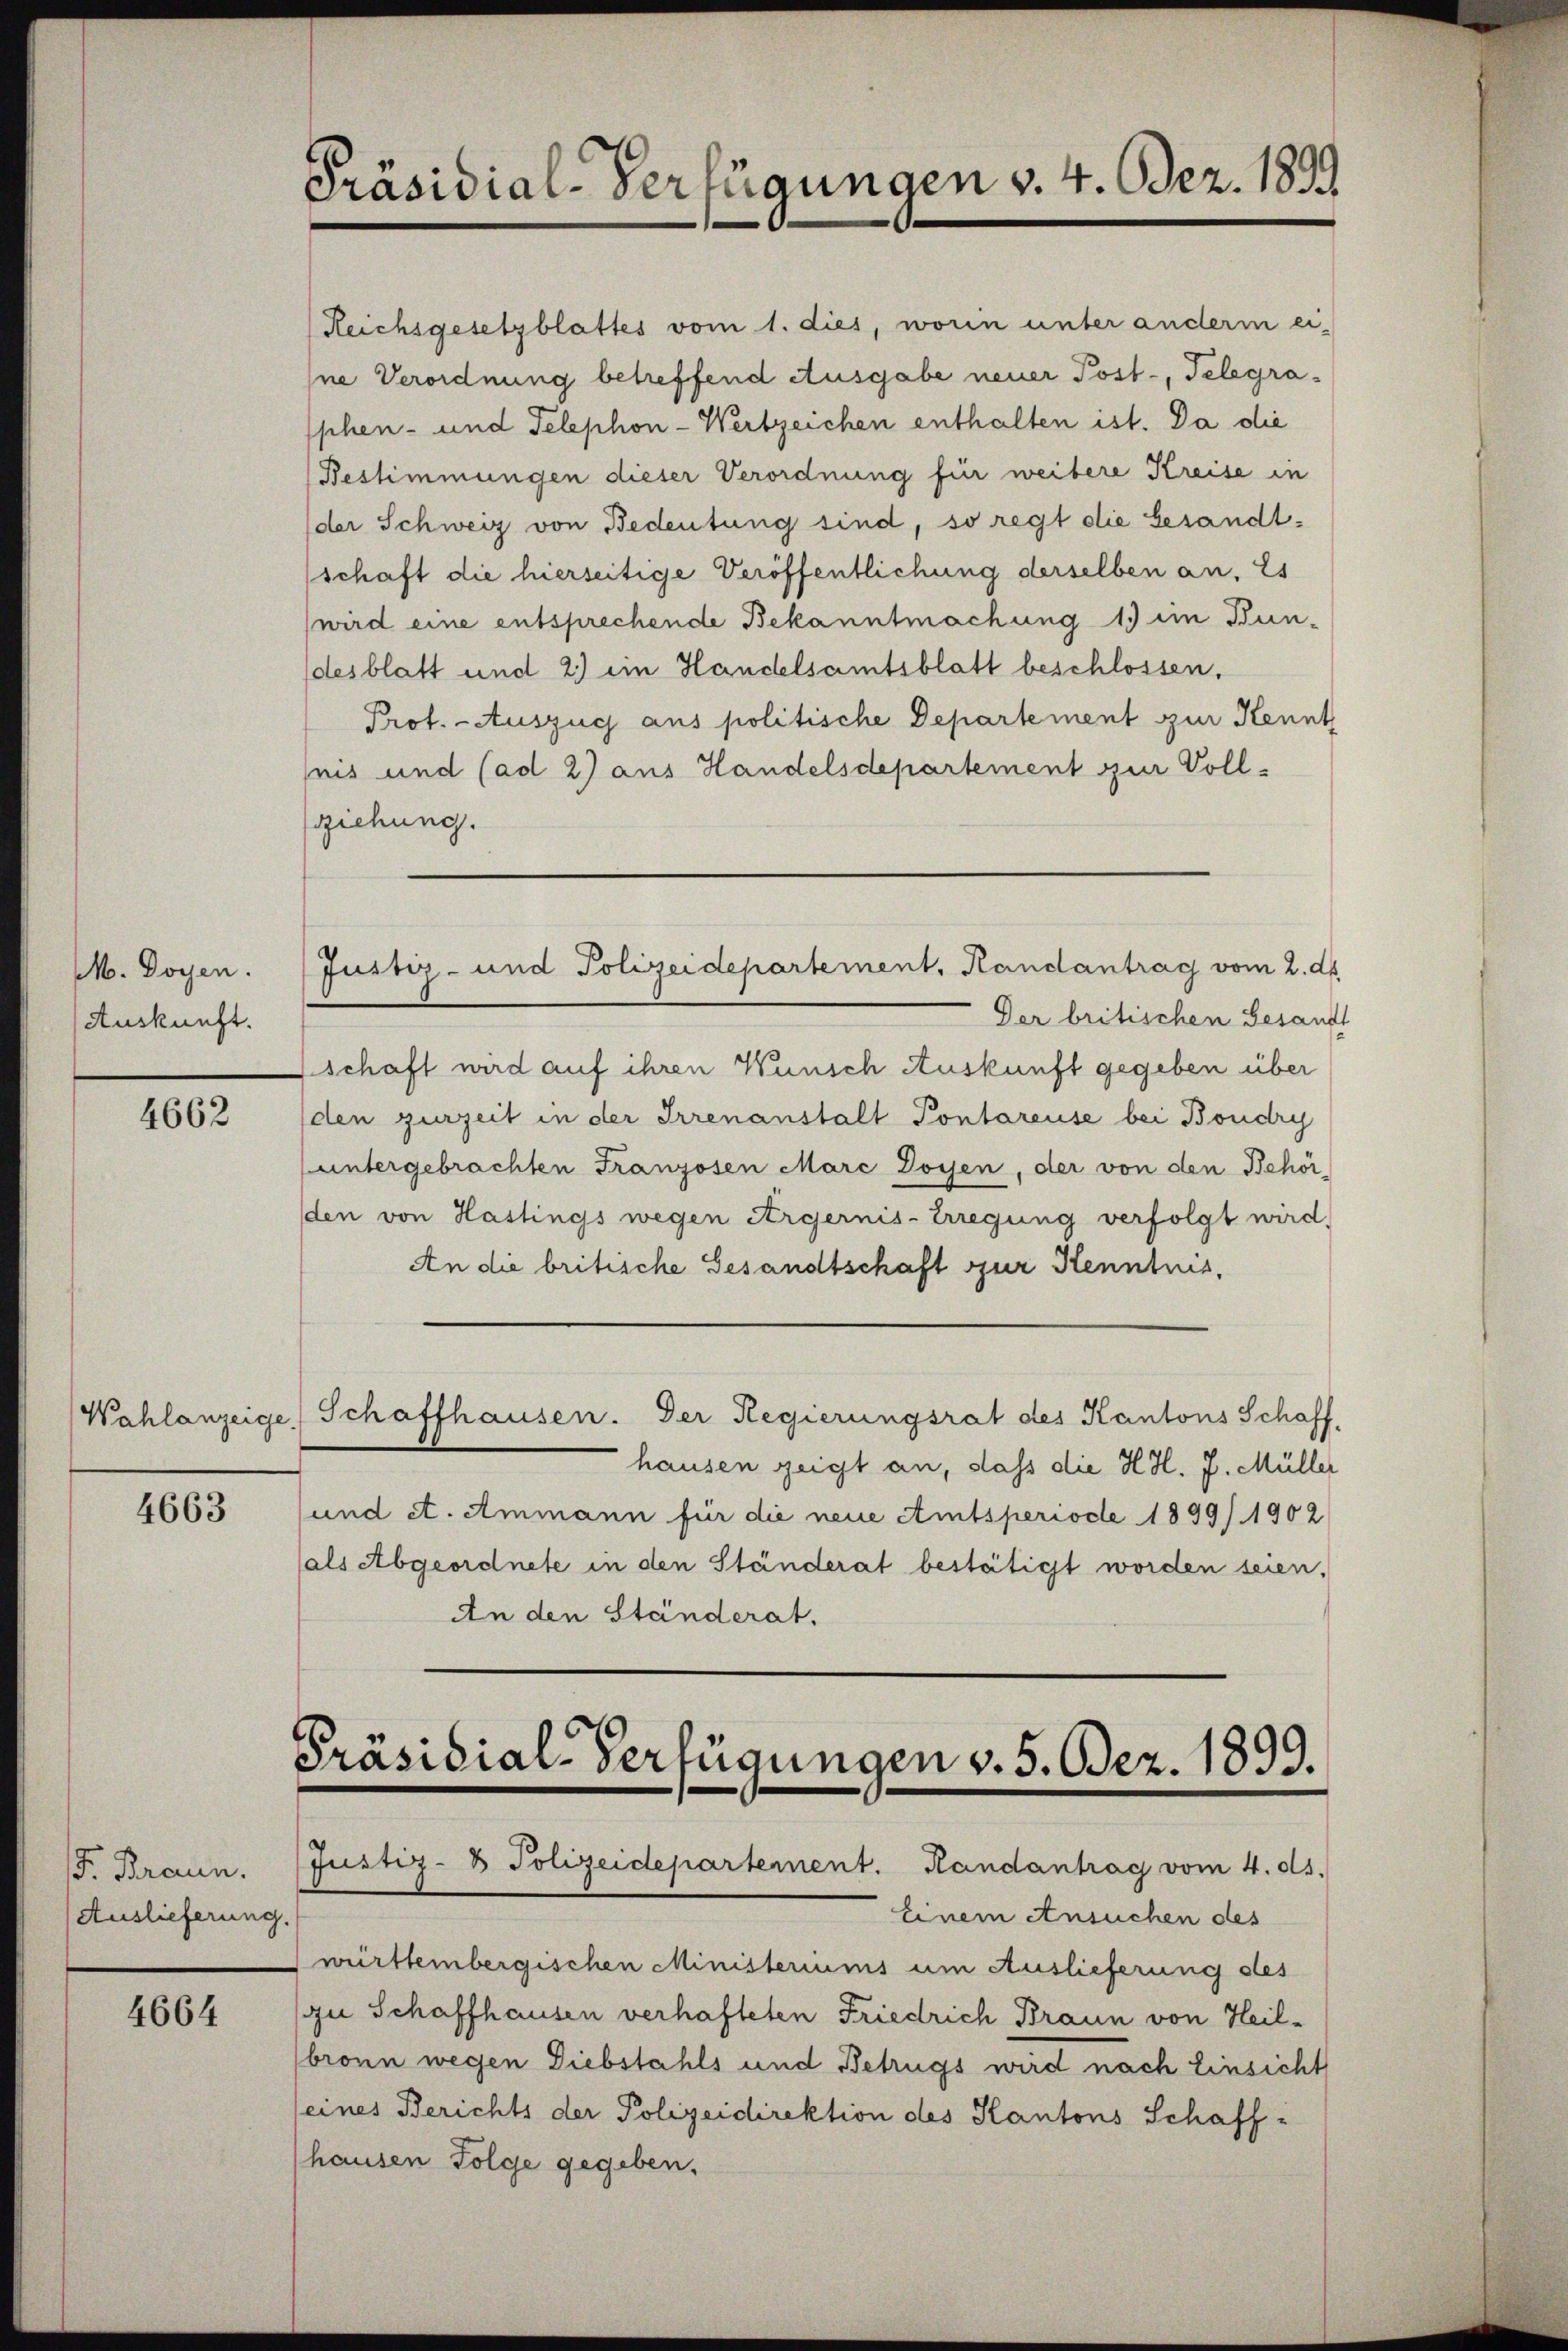
M. Doyen.
Auskunft.

4662

4663

. Braun.
Auslieferung.

4664

Präsidial-Verfügungen v. 4. Dez. 1899

Justiz- und Polizeidepartement, Handantrag vom 2. ds.

Reichsgesetzblattes vom 1. dies, worin unter anderm ei-
Ine Verordnung betreffend Ausgabe neuer Post-, Telegraphen- und Telephon-Wertzeichen enthalten ist. Da die
Bestimmungen dieser Verordnung für weitere Kreise in
der Schweiz von Bedeutung sind, so regt die besandt.
schaft die hierseitige Veröffentlichung derselben an. Es
(wird eine entsprechende Bekanntmachung 19 im Bun-
desblatt und 2.) ein Handelsamtsblatt beschlossen.
Prof. - Auszug aus politische Departement zur Kennt
seis und (ad 2) aus Handelsdepartement zur Vollsziehung.
Der britischen Gesandt
schaft wird auf ihren Wunsch Auskunft gegeben über
den zurzeit in der Irrenanstalt Pontareuse bei Boudry
untergebrachten Franzosen Marc Doyen, der von den Behör-
den von Haslings wegen Ärgernis-Erregung verfolgt wird,
An die britische Gesandtschaft zur Kenntnis,
Wahlanzeige Schaffhausen. Der Regierungsrat des Kantons Schaff-
hausen zeigt an, dass die H.H. J. Müller
und et. Ammann für die neue Amtsperiode 1899/1902
(als Abgeordnete in den Ständerat bestätigt worden seien,
An den Ständerat.

Präsidial-Verfügungen v. 5. Bez. 1899.
Justiz- & Polizeidepartement. Handantrag vom 4. ds.

einem Ansuchen des
württembergischen Ministeriums um Auslieferung des
zu Schaffhausen verhafteten Friedrich Braun von Heilbronn wegen Diebstahls und Betrugs wird nach Einsicht
seines Berichts der Polizeidirektion des Kantons Schaffhausen Folge gegeben.